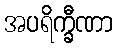
အပရိက္ခီဏာ